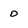
Character: o